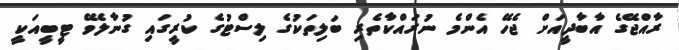
ރާއްޖޭގެ އާބާދީއަށް ޖެހޭ އެންމެ ނުރައްކާތެރި ބަލިތަކުގެ ލިސްޓުގެ ކުރީގައި ގުނާލެވޭ ޓީބީއަކީ